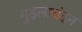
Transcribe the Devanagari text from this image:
गुड़लाचंदन